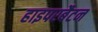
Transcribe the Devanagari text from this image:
हाइपरबैटन